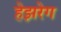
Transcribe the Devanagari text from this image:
हेझरेग